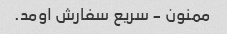
ممنون - سریع سفارش اومد.